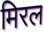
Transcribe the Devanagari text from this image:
मिरल